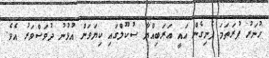
ހުނަރު ފުރަތަމަ ފެނިގެން އައީ ޢަރަބިއްޔާ ސުކޫލްގައި ކިޔަވަން އުޅުނު ދުވަސްވަރު އެވެ.